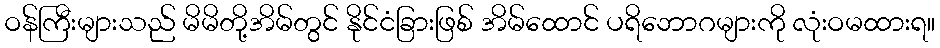
ဝန်ကြီးများသည် မိမိတို့အိမ်တွင် နိုင်ငံခြားဖြစ် အိမ်ထောင် ပရိဘောဂများကို လုံးဝမထားရ။